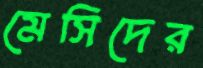
মেসিদের